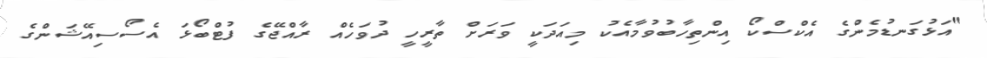
"އަޅުގަނޑުމެންގެ އެކްސްކޯ އިންތިހާބުވުމާއެކު މިއަދަކީ ވަރަށް ތާރީހީ ދުވަހެއް ރާއްޖޭގެ ފުޓްބޯޅަ އެސޯސިއޭޝަންގެ